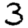
Digit: 3